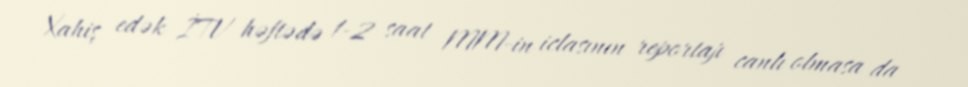
Xahiş edək İTV həftədə 1-2 saat MM-in iclasının reportajı canlı olmasa da